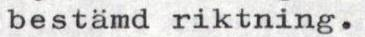
bestämd riktning.